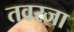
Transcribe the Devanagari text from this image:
तवरजा